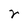
Character: r